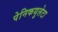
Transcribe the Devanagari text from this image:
पेनिकयुलेटा